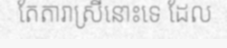
តែតារាស្រីនោះទេ ដែល